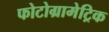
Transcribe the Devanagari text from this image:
फोटोग्रामेट्रिक